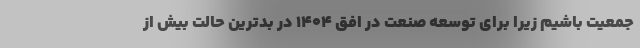
جمعیت باشیم زیرا برای توسعه صنعت در افق ۱۴۰۴ در بدترین حالت بیش از